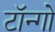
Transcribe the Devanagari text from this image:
टॉन्गो